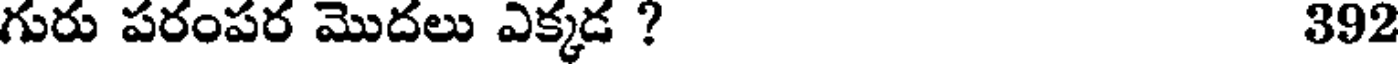
గురు పరంపర మొదలు ఎక్కడ ? 392